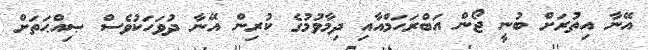
އޭނާ އިތުރަށް ބުނީ ޖޯން އަބްރަހަމްއާއި ދިމާވުމުގެ ކުރިން އޭނާ ދުވަހަކުވެސް ޞިއްޙަތަށް